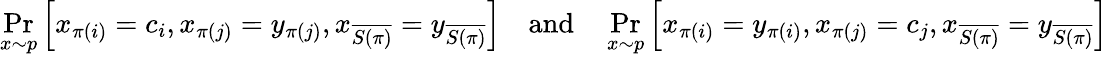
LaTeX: \operatorname*{Pr}_{x\sim p}\left[x_{\pi(i)}=c_{i},x_{\pi(j)}=y_{\pi(j)},x_{\overline{{S(\pi)}}}=y_{\overline{{S(\pi)}}}\right]\quad\mathrm{and}\quad\operatorname*{Pr}_{x\sim p}\left[x_{\pi(i)}=y_{\pi(i)},x_{\pi(j)}=c_{j},x_{\overline{{S(\pi)}}}=y_{\overline{{S(\pi)}}}\right]